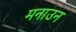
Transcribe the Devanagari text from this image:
मनाउन